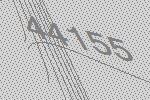
44155